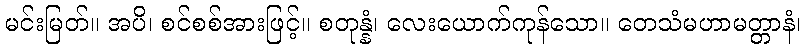
မင်းမြတ်။ အပိ၊ စင်စစ်အားဖြင့်။ စတုန္နံ၊ လေးယောက်ကုန်သော။ တေသံမဟာမတ္တာနံ၊